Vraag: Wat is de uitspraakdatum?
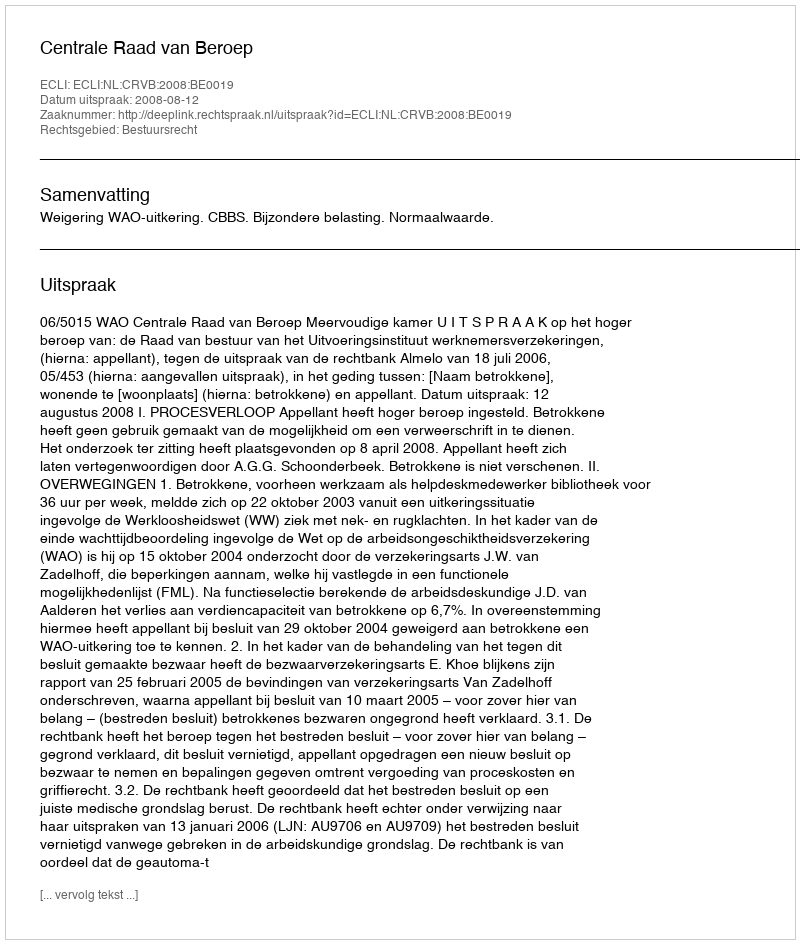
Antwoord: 2008-08-12